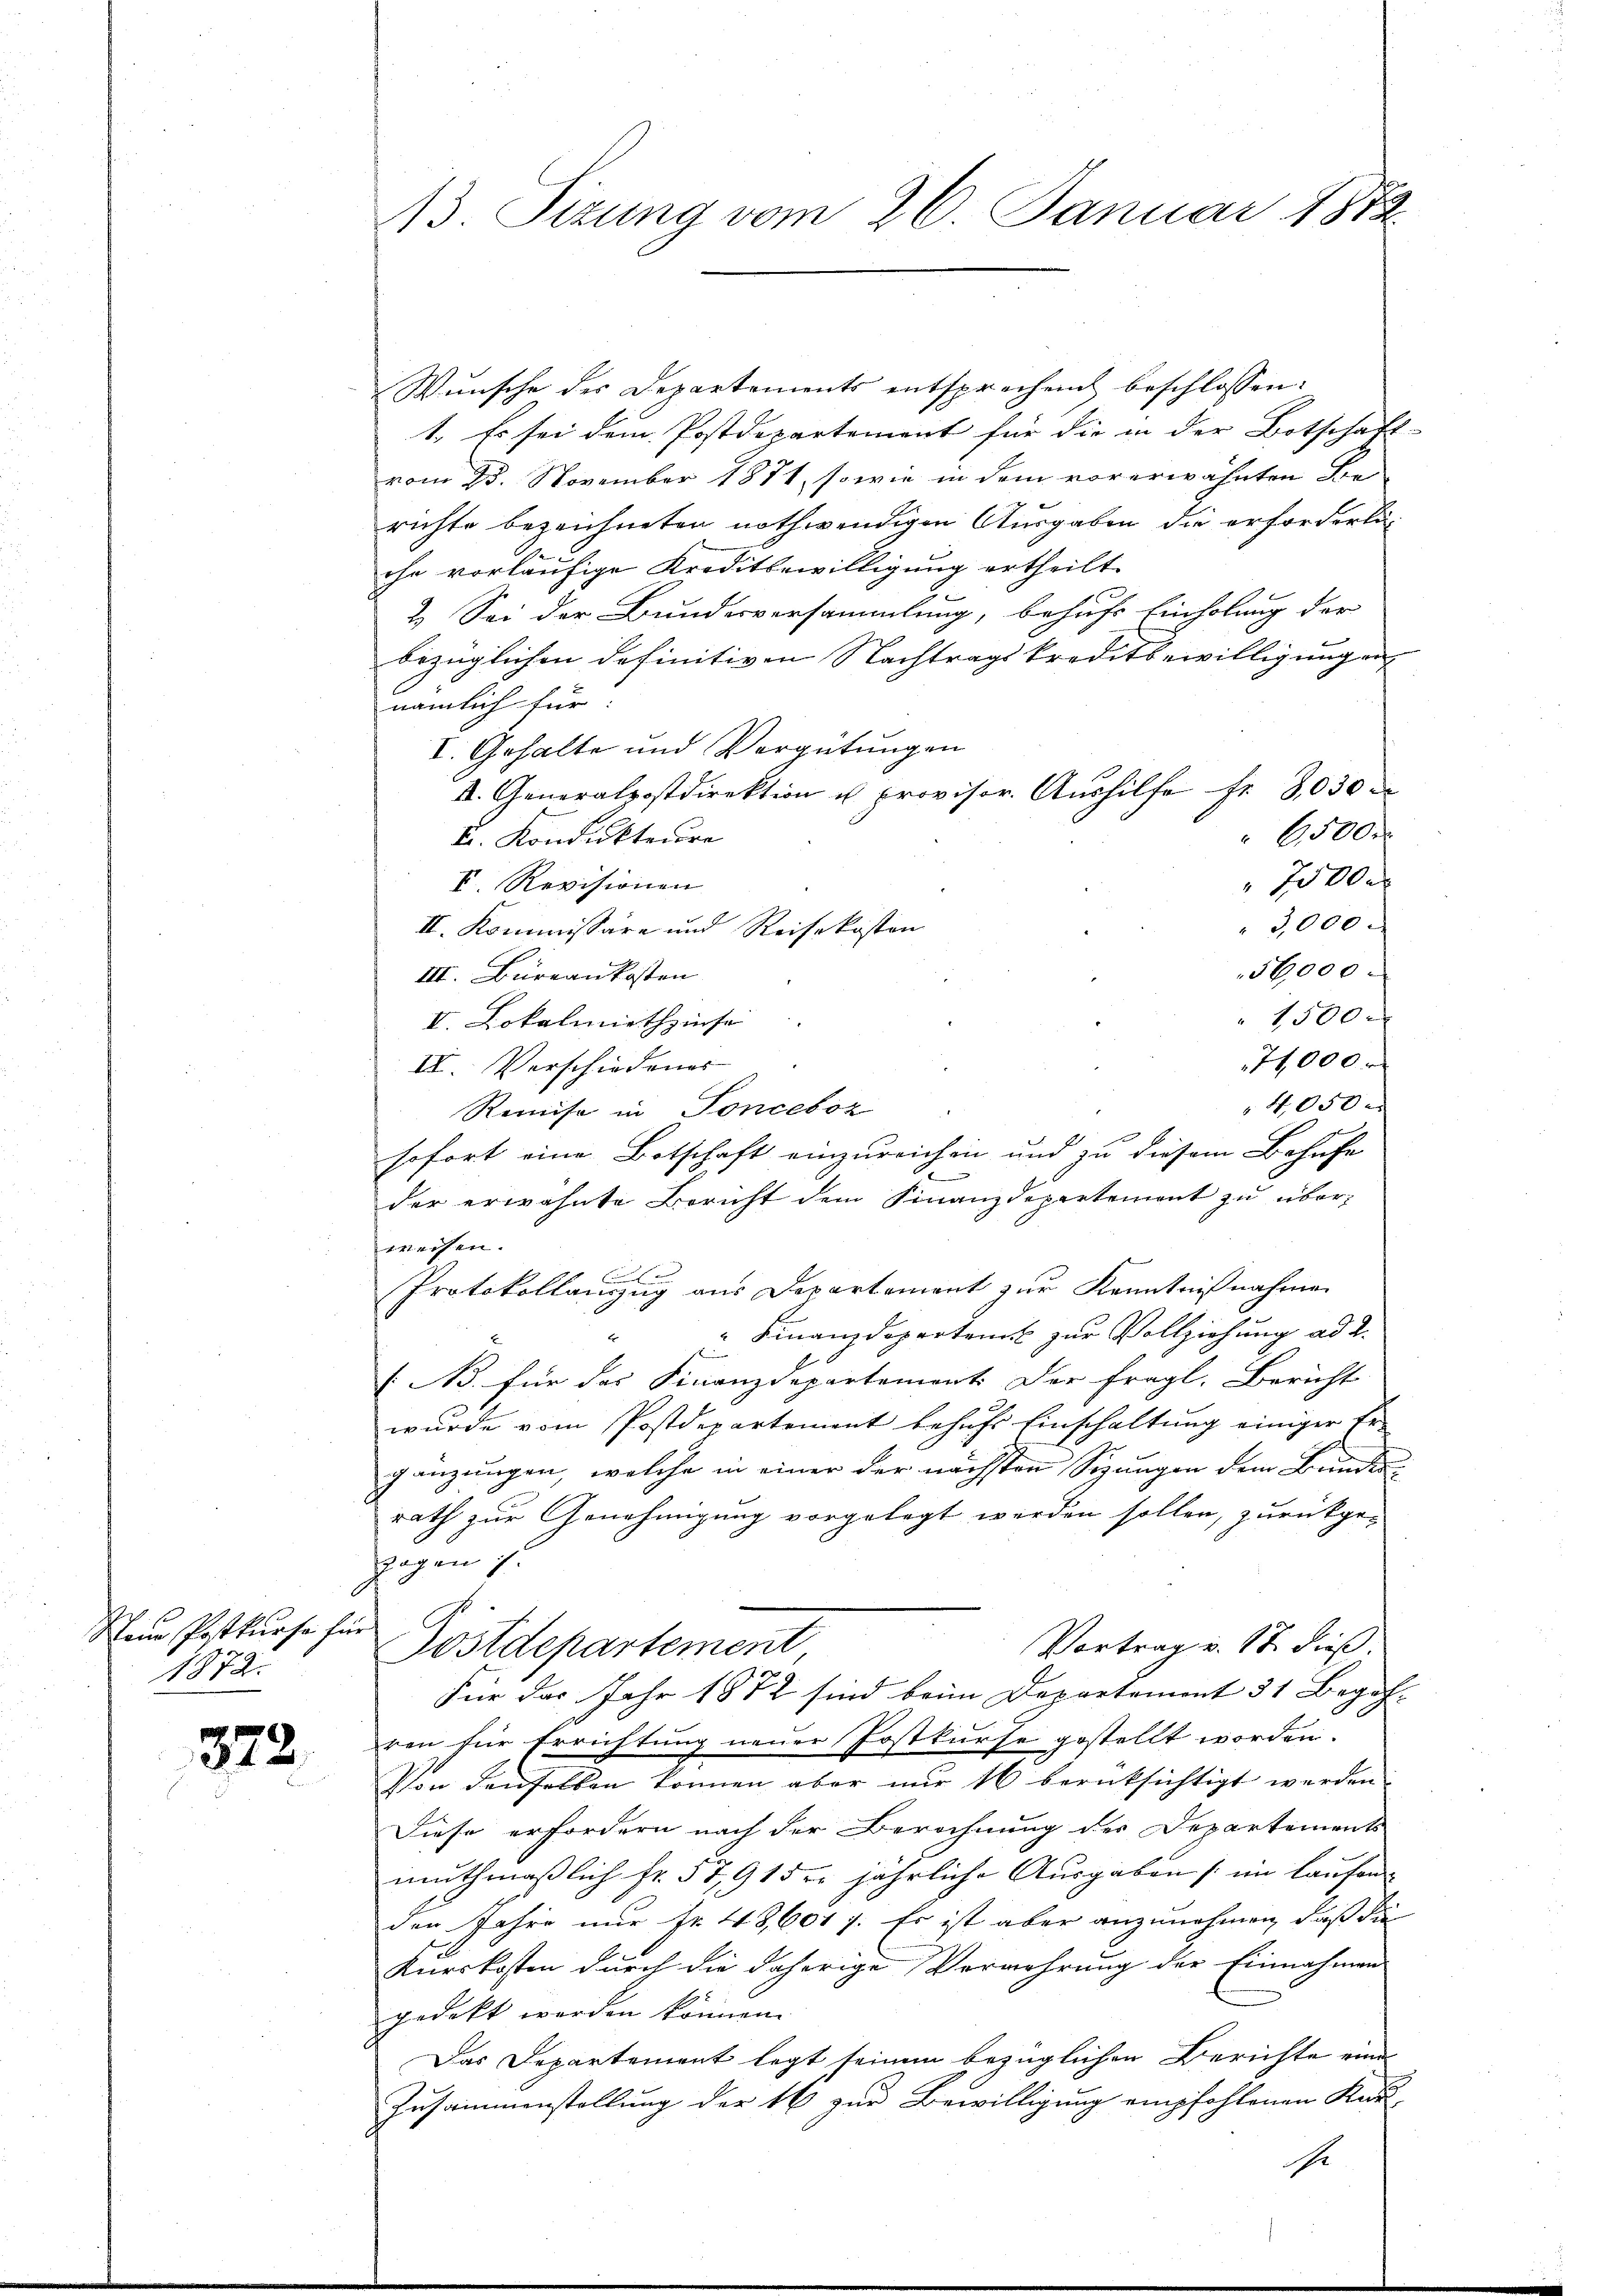
G

Teue Postkurse für
1872.

372.

Wunsche des Departements entsprechend beschlossen:
1. Es sei dem Postdepartement für die in der Botschaft
vom 23. November 1871, sowie in dem vorerwähnten Be-
richte bezeichneten nothwendigen Ausgaben die erforderli-
ohn vorläufige Kreditbewilligung ertheilt.
2.) Sei der Bundesversammlung, behufs Einholung der
bezüglichen definitiven Nachtragskreditbewilligungen
nämlich für:
V. Gehalte und Vergütungen
I. Generalpostdirektion u. provisor. Aŭshilfe Fr. 3,030
6500.
u. Kondukteure
7500
I Revisionen
3,000
II. Kommissäre und Reisekosten
56000
III. Büreaukosten
1500 x
V. Lokalmiethzinse
71,000
II. Verschiedenes
4050 x
Remise in Tonceboz
sofort eine Botschaft einzureichen und zu diesem Behufe
6
der erwähnte Bericht dem Finanzdepartement zu überweisen.
l
Protokollanzug aus Departement zur Kenntnißnahme
" Finanzdepartem zur Vollziehung ad 2.
E
(N. für das Finanzdepartement der fragl. Bericht
wurde vom Postdepartement behufs Einschaltung einiger Ergänzungen, welche in einer der nächsten Sizungen dem Bunderath zur Genehmigung vorgelegt werden sollen, zurückgezogen is
Vortrag v. 17. dieß.
Göstdepartement
Für das Jahr 1872 sind beim Departement 31 Begeh-
ren für Errichtung neuer Postkurse gestellt worden.
Von denselben können aber nur 16 berücksichtigt werden
Diese erfordern nach der Berechnung des Departements
muthmaßlich Fr. 57,915 er jährliche Ausgaben (ein laufen
den Jahre nur fr. 48,601 f. Es ist aber anzunehmen, daß die
Kurskosten durch die daherige Verwehrung der Einnahmen
gedekt werden können.
Das Departement legt seinem bezüglichen Berichte eine
Zusammenstellung der 16 zur Bewilligung empfohlenen Kar-
Er

13. Sizung vom 26. Januar 1872.

.